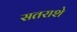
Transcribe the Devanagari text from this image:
सतराशे